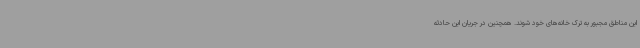
این مناطق مجبور به ترک خانه‌های خود شوند. همچنین در جریان این حادثه